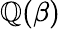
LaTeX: \mathbb{Q}(\beta)